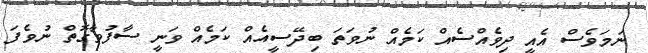
ނަމަވެސް އެއީ ދިވެއްސެއް ކަމެއް ނުވަތަ ބިދޭސީއެއް ކަމެއް ވަނީ ސާފުވާގޮތް ނުވެފަ